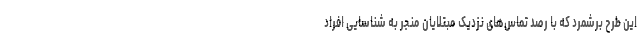
این طرح برشمرد که با رصد تماس‌های نزدیک مبتلایان منجر به شناسایی افراد